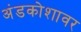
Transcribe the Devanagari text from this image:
अंडकोशावर